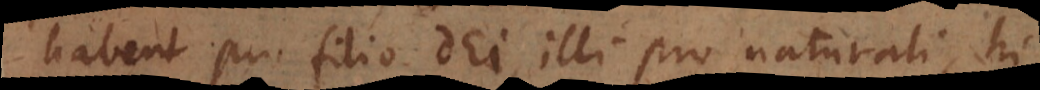
habent pro filio Dei illi pro naturali, hi